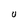
Character: U